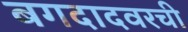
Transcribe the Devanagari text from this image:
बगदादवरची